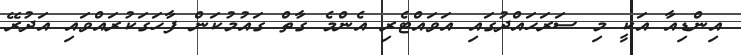
އިންޑިއާ އަކީ މި ސަރަހައްދުގައި އަވައްޓެރި އެންމެ ގާތް ގައުމުކަން ފާހަގަކުރައްވައި އަދުރޭ